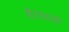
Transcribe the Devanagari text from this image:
हैटधारी